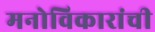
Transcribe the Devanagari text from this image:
मनोविकारांची